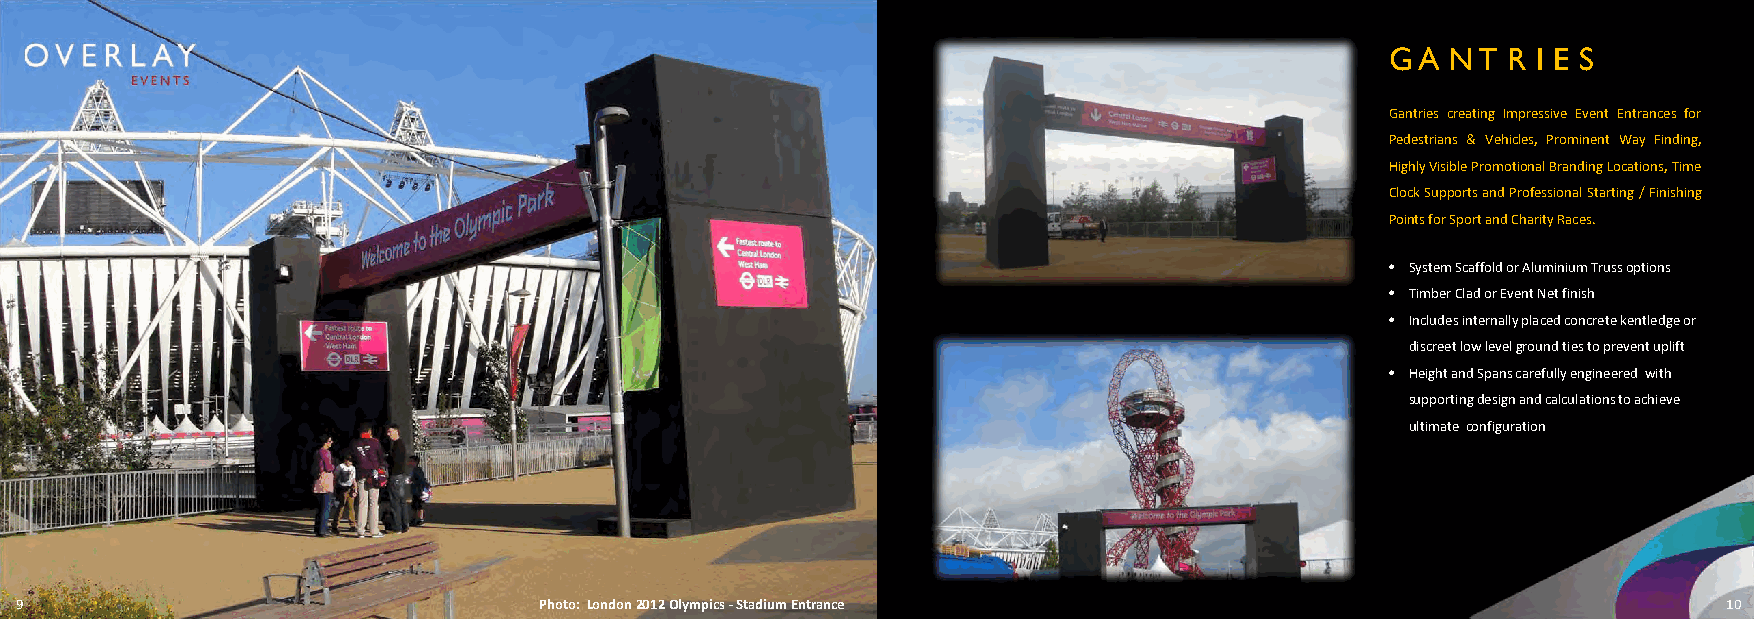
G A N T R I E S
 Gantries creating Impressive Event Entrances for
 Pedestrians & Vehicles, Prominent Way Finding,
 HighlyVisiblePromotionalBrandingLocations,Time
 ClockSupportsandProfessionalStarting/Finishing
 PointsforSportandCharityRaces.
 • System Scaffold or Aluminium Truss options
 • Timber Clad or Event Net finish
 • Includes internally placed concrete kentledge or
 discreet low level ground ties to prevent uplift
 • Height and Spans carefully engineered with
 supporting design and calculations to achieve
 ultimate configuration
 9                                  Photo: London 2012 Olympics ‐Stadium Entrance                                 10